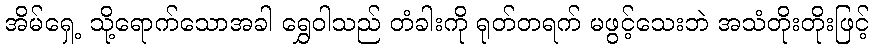
အိမ်ရှေ့ သို့ရောက်သောအခါ ရွှေဝါသည် တံခါးကို ရုတ်တရက် မဖွင့်သေးဘဲ အသံတိုးတိုးဖြင့်